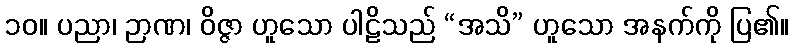
၁၀။ ပညာ၊ ဉာဏ၊ ဝိဇ္ဇာ ဟူသော ပါဠိသည် “အသိ” ဟူသော အနက်ကို ပြ၏။